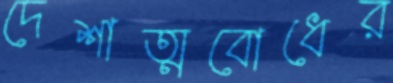
দেশাত্মবোধের